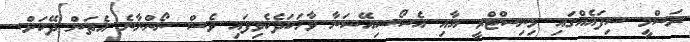
ރަސްމީ ސިފައެއްގައި މިނިސްޓްރީ އާއި އެސޯސިއޭޝަނާ ވާހަކަދެކެވިފައި ވެސް ނޯންނާނެ އެތަން ދޭކަށް.